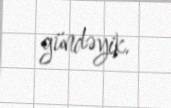
gündəyik.